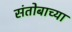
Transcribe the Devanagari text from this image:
संतोबाच्या